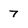
Character: 7